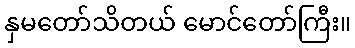
နှမတော်သိတယ် မောင်တော်ကြီး။